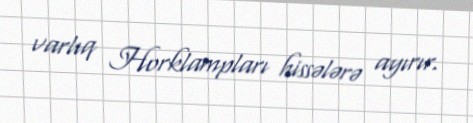
varlıq Horklampları hissələrə ayırır.